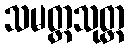
သမတ္တသုတ္တ